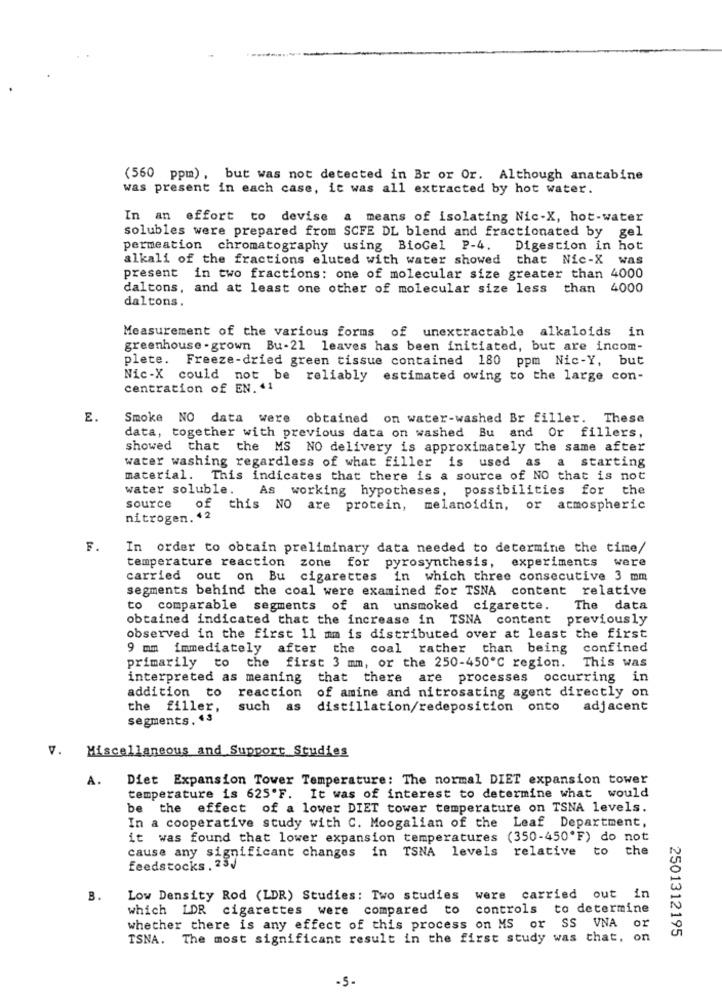
(560 ppm), but was not detected in Br or Or. Although anatabine
was present in each case, it was all extracted by hot water.
In an effort to devise a means of isolating Nic-X, hot-water
solubles were prepared from SCFE DL blend and fractionated by gel
permeation chromatography using BioGel P-4.
Digestion in hot
alkali of the fractions eluted with water showed that Nic-X was
present in two fractions: one of molecular size greater than 4000
daltons, and at least one other of molecular size less than 4000
daltons.
Measurement of the various forms of unextractable alkaloids in
greenhouse - grown Bu-21 leaves has been initiated, but are incom-
plete. Freeze-dried green tissue contained 180 ppm Nic-Y, but
Nic-X could not be reliably estimated owing to the large con-
centration of EN. 41
E.
Smoke NO data were obtained on water-washed Br filler. These
data, together with previous data on washed Bu and Or fillers,
showed
that the MS NO delivery is approximately the same after
water washing regardless of what filler is used as a starting
material.
This indicates that there is a source of NO that is not
water soluble. As working hypotheses, possibilities for the
source
of
this NO are protein,
melanoidin, or atmospheric
nitrogen. 42
F.
In order to obtain preliminary data needed to determine the time/
temperature reaction zone for pyrosynthesis, experiments were
carried out on Bu cigarettes in which three consecutive 3 mm
segments behind the coal were examined for TSNA content relative
comparable segments of an unsmoked cigarette.
The data
obtained indicated that the increase in TSNA content previously
observed in the first 11 mm is distributed over at least the first
9 mm immediately after the coal rather than being confined
primarily to the first 3 mm, or the 250-450℃ region. This was
interpreted as meaning
that there are processes occurring in
addition to
reaction
of amine and nitrosating agent directly on
the filler,
such as
distillation/redeposition onto
adjacent
segments. 43
v.
Miscellaneous and Support Studies
A.
Diet Expansion Tower Temperature: The normal DIET expansion tower
temperature is 625'F. It was of interest to determine what would
be the effect of a lower DIET tower temperature on TSNA levels.
In a cooperative study with C. Moogalian of the Leaf Department,
it was found that lower expansion temperatures (350-450"F) do not
cause any significant changes in TSNA levels relative to the
feedstocks. 23,
B.
Low Density Rod (LDR) Studies: Two studies were carried out in
which LDR cigarettes were compared to controls to determine
or
whether there is any effect of this process on MS or SS VNA
2501312195
TSNA. The most significant result in the first study was that, on
-5-